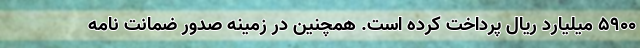
5900 میلیارد ریال پرداخت کرده است. همچنین در زمینه صدور ضمانت نامه